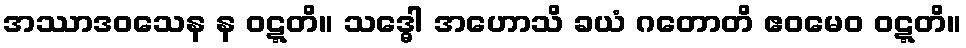
အဿာဒဝသေန န ဝဋ္ဋတိ။ သဒ္ဓေါ အဟောသိ ခယံ ဂတောတိ ဧဝမေဝ ဝဋ္ဋတိ။